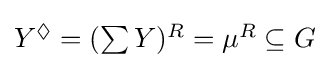
{\textstyle Y^{\Diamond }=(\sum Y)^{R}=\mu ^{R}\subseteq G}